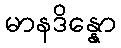
မာနဒိန္နော